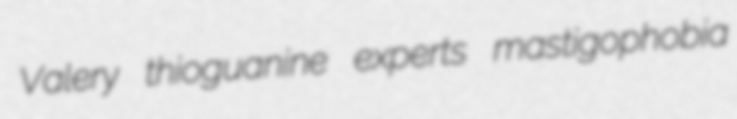
Valery thioguanine experts mastigophobia